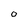
Character: 0